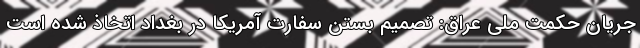
جریان حکمت ملی عراق: تصمیم بستن سفارت آمریکا در بغداد اتخاذ شده است